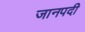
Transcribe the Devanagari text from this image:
जानपदी